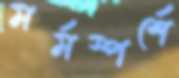
মর্মস্পর্শে